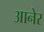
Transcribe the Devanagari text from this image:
आनेर